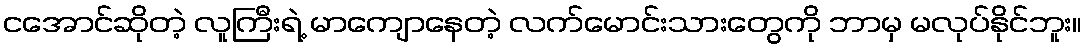
ငအောင်ဆိုတဲ့ လူကြီးရဲ့ မာကျောနေတဲ့ လက်မောင်းသားတွေကို ဘာမှ မလုပ်နိုင်ဘူး။